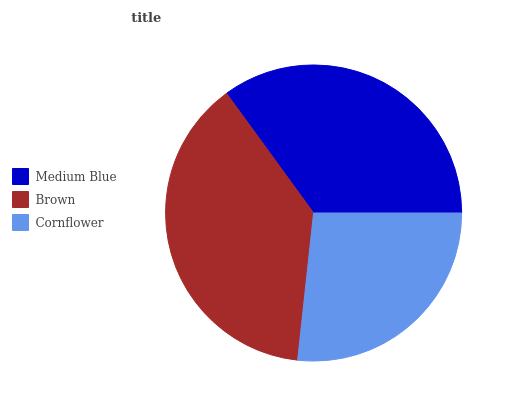
| Medium Blue | Brown | Cornflower |
 | --- | --- | --- |
 | 35% | 38.2% | 26.8% |